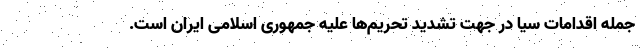
جمله اقدامات سیا در جهت تشدید تحریم‌ها علیه جمهوری اسلامی ایران است.